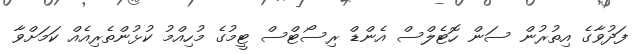
ފަދުވާގެ އިތުރުން ސަން ހޮޓެލްސް އެންޑް ރިސޯޓްސް ޓީމުގެ މުހިއްމު ކުޅުންތެރިއެއް ކަމަށްވާ